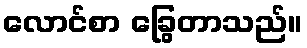
လောင်စာ ခြွေတာသည်။